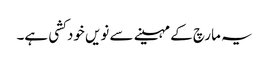
یہ مارچ کے مہینے سے نویں خود کشی ہے۔